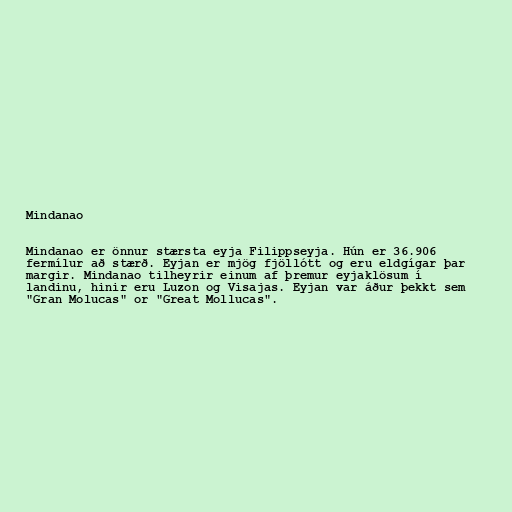
Mindanao

Mindanao er önnur stærsta eyja Filippseyja. Hún er 36.906
fermílur að stærð. Eyjan er mjög fjöllótt og eru eldgígar þar
margir. Mindanao tilheyrir einum af þremur eyjaklösum í
landinu, hinir eru Luzon og Visajas. Eyjan var áður þekkt sem
"Gran Molucas" or "Great Mollucas".